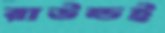
রাউন্ডই